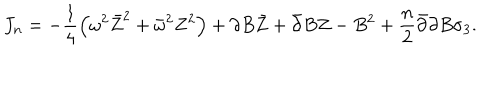
LaTeX: J _ { n } = - \frac 1 4 \left( \omega ^ { 2 } \bar { Z } ^ { 2 } + \bar { \omega } ^ { 2 } Z ^ { 2 } \right) + \partial B \bar { Z } + \bar { \partial } B Z - B ^ { 2 } + \frac n 2 \bar { \partial } \partial B \sigma _ { 3 } .